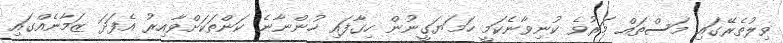
ވިލުތެރޭގައި މަސްތައް މަރުވެ ކުނިވާނެކަމީ ހަމަޔަގީނުން ހިގާފައި ހުންނާނެ ކަންތަކަށްވާއިރު އެފަދަ ޒަމާނެއްގައި